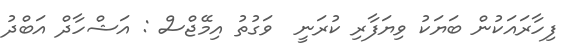
ފިހާރައަކުން ބަޔަކު ވިޔަފާރި ކުރަނީ  ވަގުތު އިމޭޖްސް : އަޝްހާދް އަބްދު